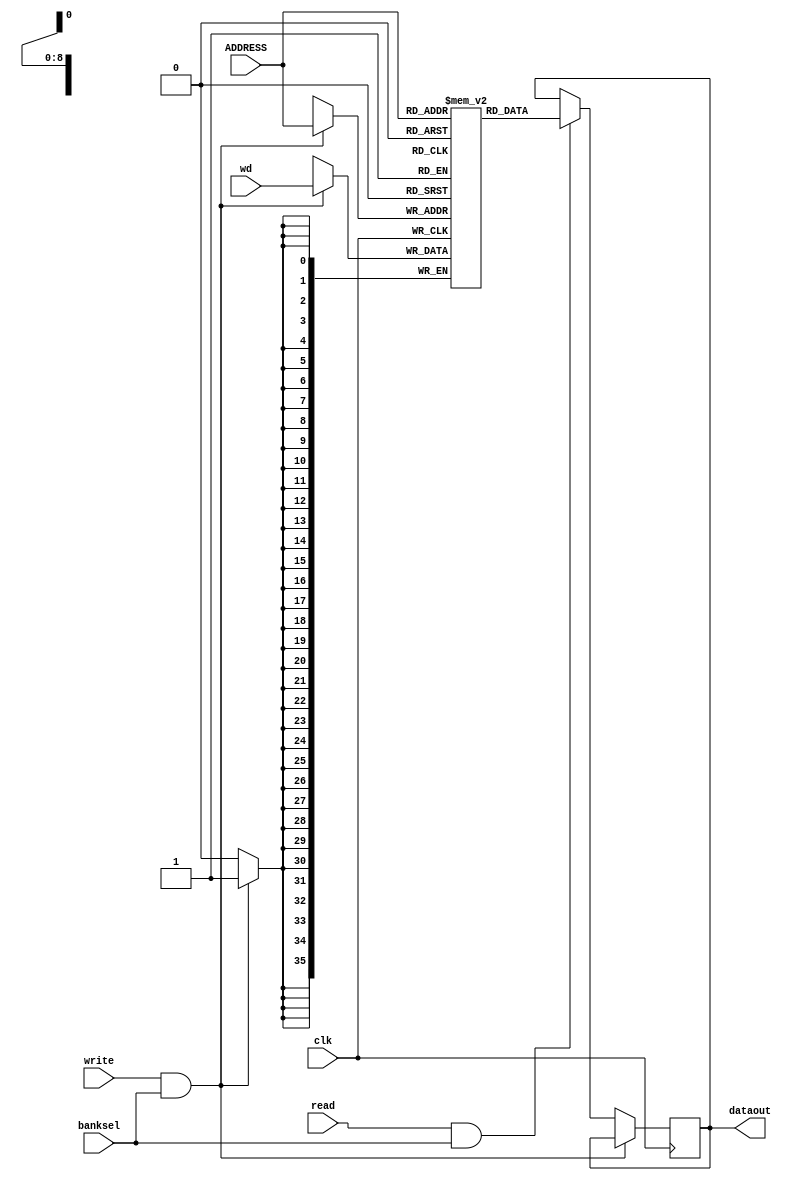
// synchronous SRAM verilog

module srambank_128x4x36_6t122 (
			    input clk
			  , input [8:0] ADDRESS          // address
			  , input [35:0] wd                // data to write
		       	  , input banksel                    // access enable
			  , input read                       // read enable
			  , input write                      // write enable
			  , output reg [35:0] dataout      // latched data output (only updated on read)
			    );

   reg [35:0] 				      mem [511:0];

   always @ (posedge(clk))
     begin                            // should have an error assert on read & write at once...
	if (write & banksel)
	  mem[ADDRESS] <= wd;
	else if (read & banksel)
	  dataout <= mem[ADDRESS];    // output is latched until next read, independent of writes
     end
endmodule //